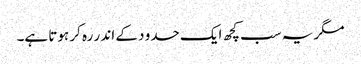
مگر یہ سب کچھ ایک حدو د کے اند ر رہ کر ہوتا ہے۔